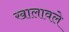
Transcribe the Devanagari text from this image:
खालावले